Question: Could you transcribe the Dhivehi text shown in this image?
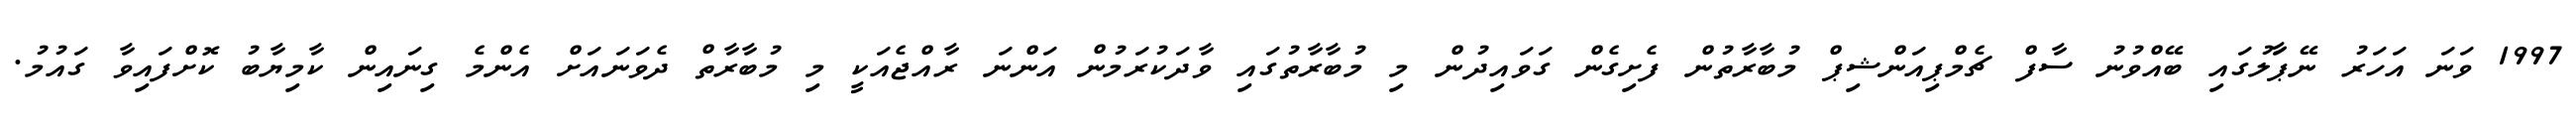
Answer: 1997 ވަނަ އަހަރު ނޭޕާަލުގައި ބޭއްވުނު ސާފް ޗެމްޕިއަންޝިޕް މުބާރާތުން ފެށިގެން ގަވައިދުން މި މުބާރާތުގައި ވާދަކުރަމުން އަންނަ ރާއްޖެއަކީ މި މުބާރާތް ދެވަނައަށް އެންމެ ގިނައިން ކާމިޔާބު ކޮށްފައިވާ ގައުމު.